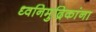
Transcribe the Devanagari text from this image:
ध्वनिमुद्रिकांना